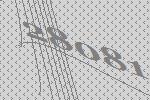
28081